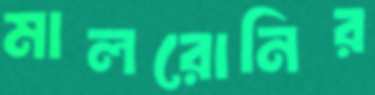
মালরোনির